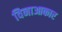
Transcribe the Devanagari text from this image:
विनाआकार